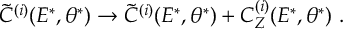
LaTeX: \tilde { C } ^ { ( i ) } ( E ^ { * } , \theta ^ { * } ) \rightarrow \tilde { C } ^ { ( i ) } ( E ^ { * } , \theta ^ { * } ) + C _ { Z } ^ { ( i ) } ( E ^ { * } , \theta ^ { * } ) \ .